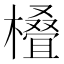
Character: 𣜖